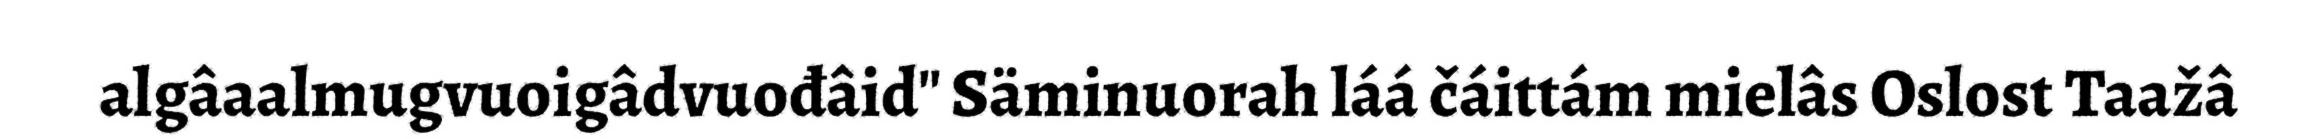
algâaalmugvuoigâdvuođâid" Säminuorah láá čáittám mielâs Oslost Taažâ